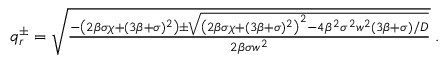
\begin{array} { r } { q _ { r } ^ { \pm } = \sqrt { \frac { - \left( 2 \beta \sigma \chi + ( 3 \beta + \sigma ) ^ { 2 } \right) \pm \sqrt { \left( 2 \beta \sigma \chi + ( 3 \beta + \sigma ) ^ { 2 } \right) ^ { 2 } - 4 \beta ^ { 2 } \sigma ^ { 2 } w ^ { 2 } ( 3 \beta + \sigma ) / D } } { 2 \beta \sigma w ^ { 2 } } } \; . } \end{array}